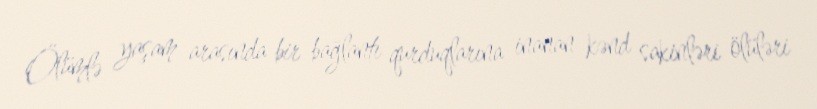
Ölümlə yaşam arasında bir bağlantı qurduqlarına inanan kənd sakinləri ölüləri